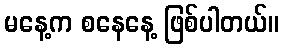
မနေ့က စနေနေ့ ဖြစ်ပါတယ်။